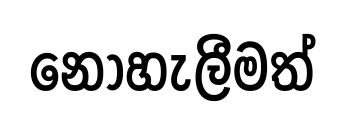
නොහැලීමත්